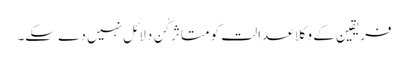
فریقین کے وکلا عدالت کو متاثر کُن دلائل نہیں دے سکے۔